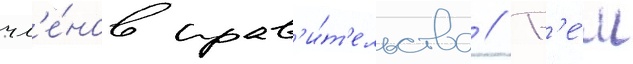
чл'е́нов прав'и́т'ельства // Р'е́м